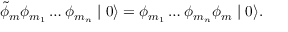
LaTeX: \tilde { \phi } _ { m } \phi _ { m _ { 1 } } \ldots \phi _ { m _ { n } } \mid 0 \rangle = \phi _ { m _ { 1 } } \ldots \phi _ { m _ { n } } \phi _ { m } \mid 0 \rangle .